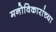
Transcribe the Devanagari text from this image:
मनोविकारांच्या